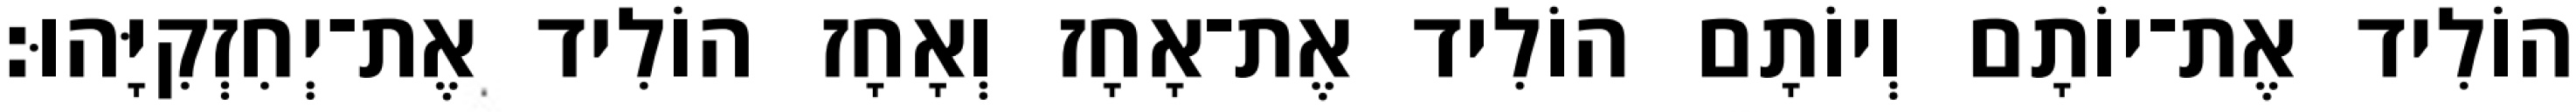
הוֹלִיד אֶת־יוֹתָם וְיוֹתָם הוֹלִיד אֶת־אָחָז וְאָחָז הוֹלִיד אֶת־יְחִזְקִיָּהוּ׃